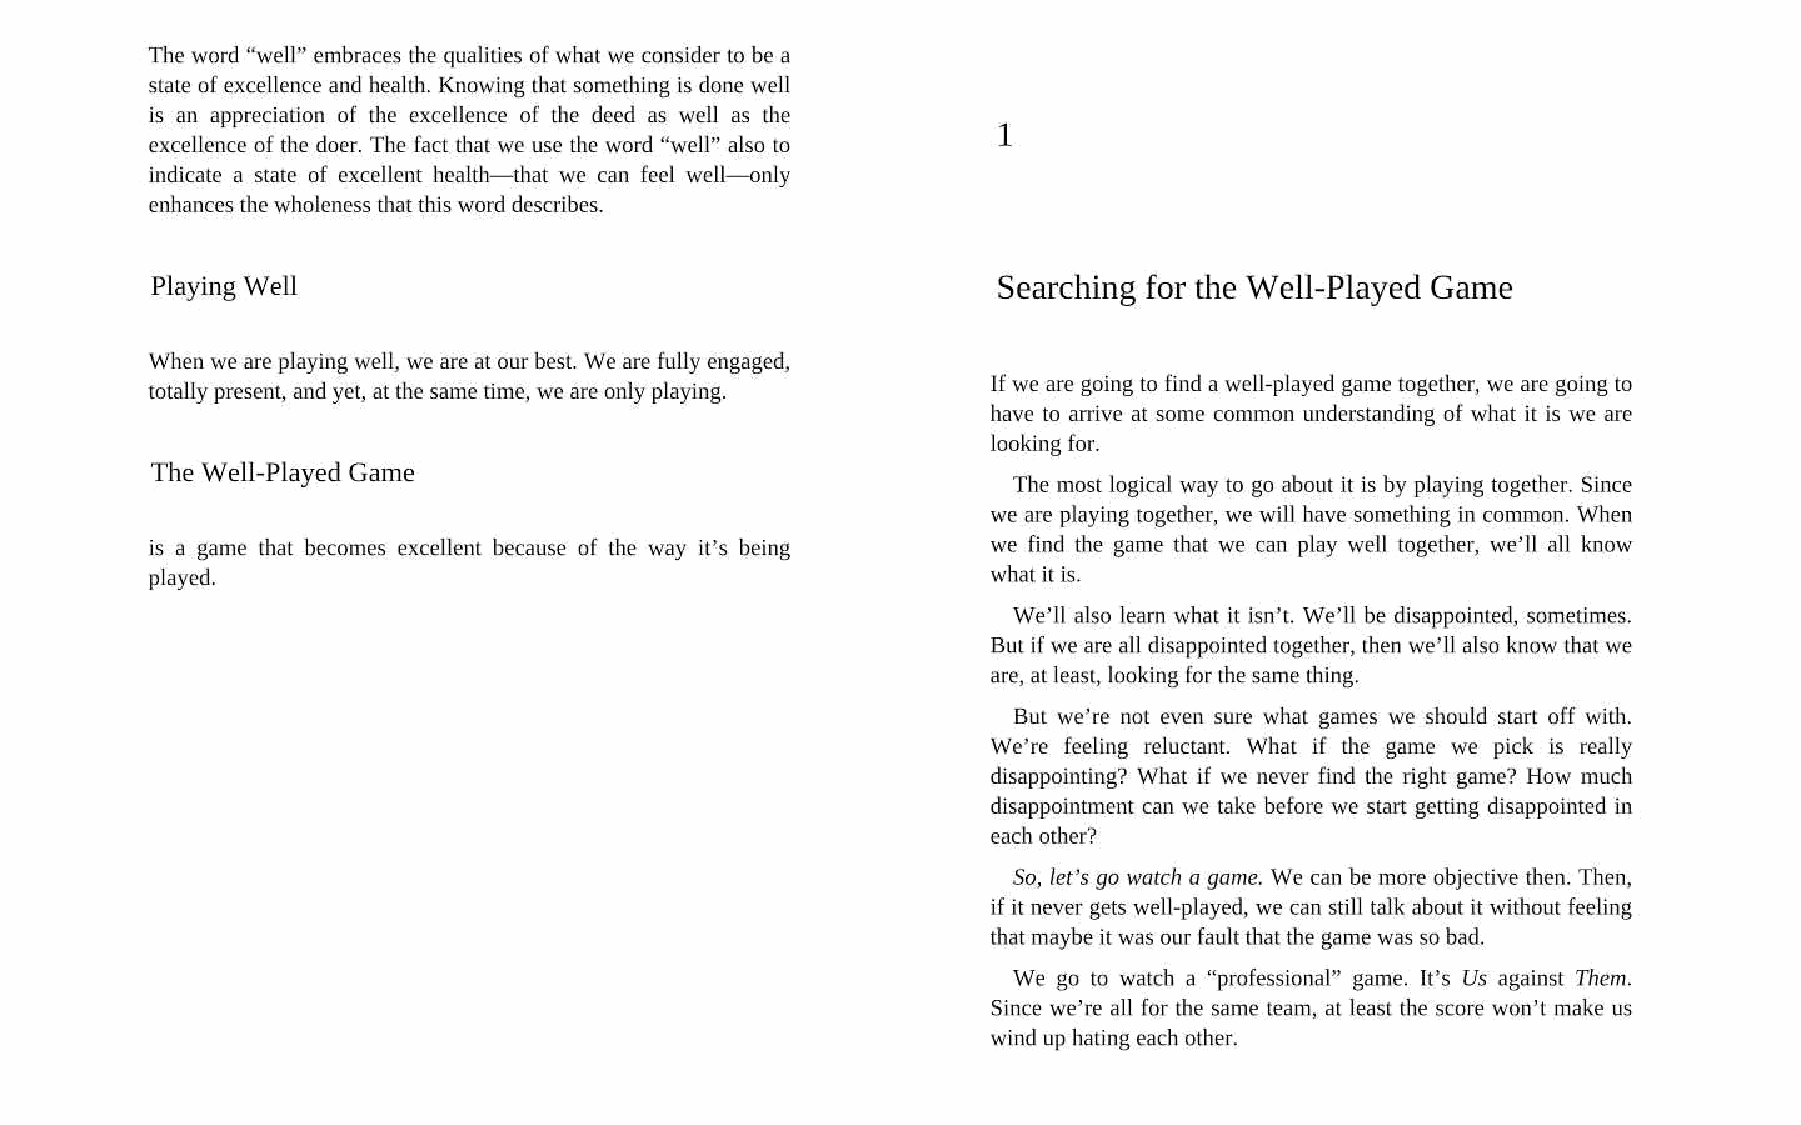
The word “well” embraces the qualities of what we consider to be a
 state of excellence and health. Knowing that something is done well
 is an appreciation of the excellence of the deed as well as the
 excellence of the doer. The fact that we use the word “well” also to
 indicate a state of excellent health—that we can feel well—only
 enhances the wholeness that this word describes.
 Playing Well                                            Searching for the Well-Played Game
 When we are playing well, we are at our best. We are fully engaged,
 If we are going to find a well-played game together, we are going to
 totally present, and yet, at the same time, we are only playing.
 have to arrive at some common understanding of what it is we are
 looking for.
 The Well-Played Game
 The most logical way to go about it is by playing together. Since
 we are playing together, we will have something in common. When
 we find the game that we can play well together, we'll all know
 is a game that becomes excellent because of the way it’s being
 played.                                                 what it is.
 We'll also learn what it isn’t. We'll be disappointed, sometimes.
 But if we are all disappointed together, then we’ll also know that we
 are, at least, looking for the same thing.
 But we’re not even sure what games we should start off with.
 We're feeling reluctant. What if the game we pick is really
 disappointing? What if we never find the right game? How much
 disappointment can we take before we start getting disappointed in
 each other?
 So, let’s go watch a game. We can be more objective then. Then,
 if it never gets well-played, we can still talk about it without feeling
 that maybe it was our fault that the game was so bad.
 We go to watch a “professional” game. It’s Us against Them.
 Since we’re all for the same team, at least the score won’t make us
 wind up hating each other.